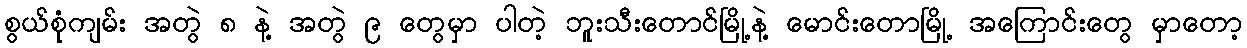
စွယ်စုံကျမ်း အတွဲ ၈ နဲ့ အတွဲ ၉ တွေမှာ ပါတဲ့ ဘူးသီးတောင်မြို့နဲ့ မောင်းတောမြို့ အကြောင်းတွေ မှာတော့